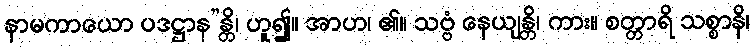
နာမကာယော ပဒဋ္ဌာန”န္တိ၊ ဟူ၍။ အာဟ၊ ၏။ သဗ္ဗံ နေယျန္တိ၊ ကား။ စတ္တာရိ သစ္စာနိ၊